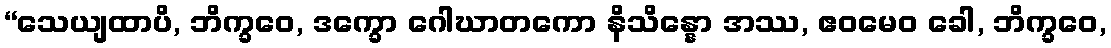
“သေယျထာပိ, ဘိက္ခဝေ, ဒက္ခော ဂေါဃာတကော နိသိန္နော အဿ, ဧဝမေဝ ခေါ, ဘိက္ခဝေ,